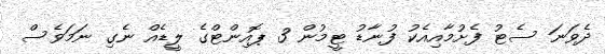
ދެވަނަ ސެޓު ފެށުމާއިއެކު ފުނާޑު ޓީމުން 3 ޕޮއިންޓްގެ ލީޑެއް ނެގި ނަމަވެސް